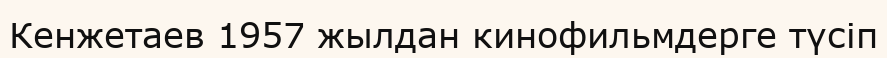
Кенжетаев 1957 жылдан кинофильмдерге түсіп